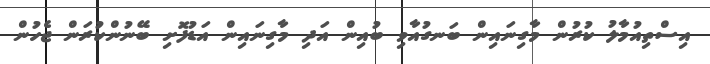
އިސްތިއުމާލު ކުރުން މާގިނައިން ބަނގުއާވި ބުއިން އަދި މާގިނައިން އަޑުފޮށި ބޭނުންކުރަން ޖެހުން